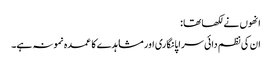
انھوں نے لکھا تھا :
ان کی نظم دائی سراپا نگاری اور مشاہدے کا عمدہ نمونہ ہے۔